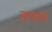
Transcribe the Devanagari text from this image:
दमात